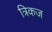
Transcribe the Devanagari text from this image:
त्रिकज